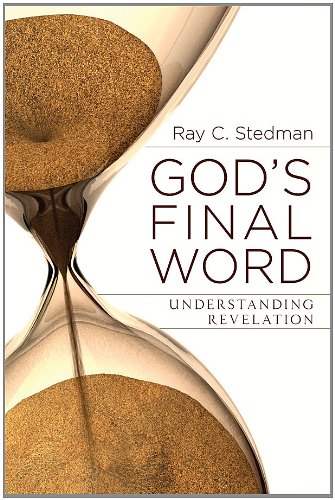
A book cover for God's Final Word - Understanding Revelation; Ray C. Stedman; Reference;